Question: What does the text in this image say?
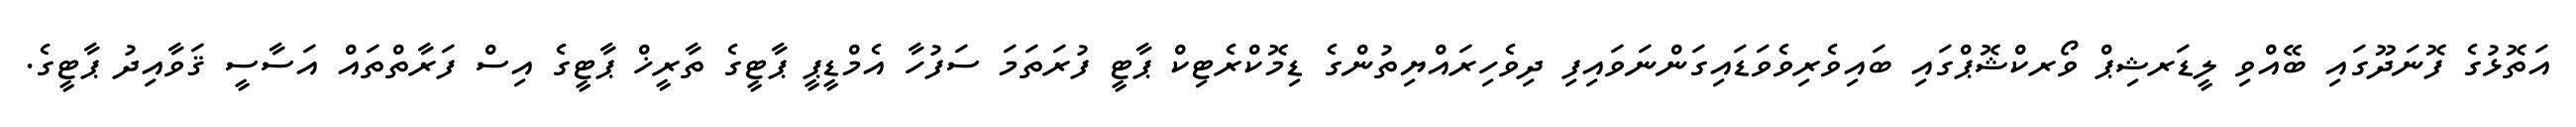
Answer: އަތޮޅުގެ ފޮނަދޫގައި ބޭއްވި ލީޑަރޝިޕް ވޯރކްޝޮޕްގައި ބައިވެރިވެވަޑައިގަންނަވައިފި ދިވެހިރައްޔިތުންގެ ޑިމޮކްރެޓިކް ޕާޓީ ފުރަތަމަ ސަފުހާ އެމްޑީޕީ ޕާޓީގެ ތާރީޚް ޕާޓީގެ އިސް ފަރާތްތައް އަސާސީ ޤަވާއިދު ޕާޓީގެ.